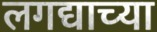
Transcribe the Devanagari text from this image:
लगद्याच्या